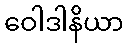
ဝေါဒါနိယာ